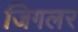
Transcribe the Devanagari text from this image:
जिगलर